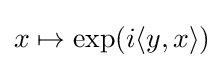
x\mapsto \exp(i\langle y,x\rangle )